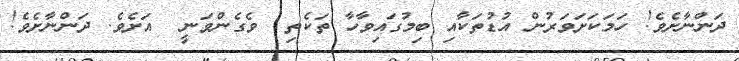
ދަންނާށެވެ! ހަމަކަށަވަރުން އުޑުތަކާއި ބިމުގައިވާހާ ތަކެތި  ވެގެންވަނީ  އަށެވެ. ދަންނާށެވެ!